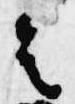
者